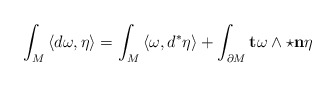
\begin{align*}\int_M \left\langle d \omega , \eta \right\rangle = \int_M \left\langle \omega , d^* \eta \right\rangle + \int_{\partial M} \mathbf{t} \omega \wedge \star \mathbf{n}\eta \end{align*}